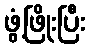
ဖွံ့ဖြိုးပြီး